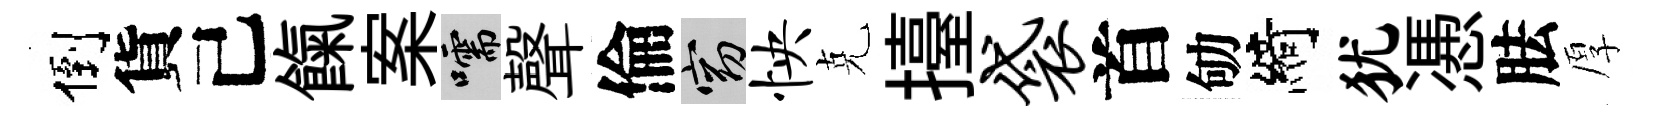
倒貨己餼案嚅聲倫窈怏克擡袋首劬綺犹慿胠厚